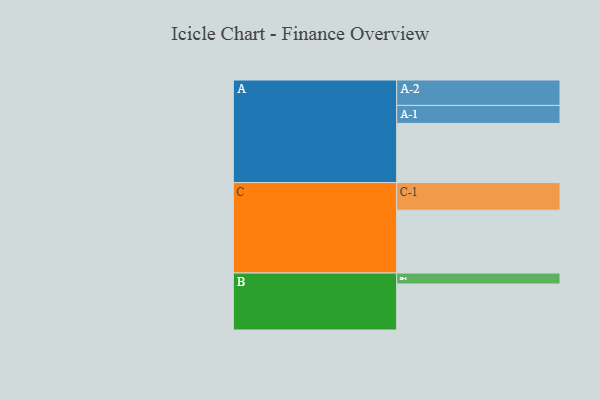
{"axis": {"x": "Segment", "y": "Value"}, "legend": ["", "A", "B", "C"], "data": [{"x": "A", "y": 454, "type": ""}, {"x": "B", "y": 353, "type": ""}, {"x": "C", "y": 482, "type": ""}, {"x": "A-1", "y": 138, "type": "A"}, {"x": "A-2", "y": 195, "type": "A"}, {"x": "B-1", "y": 84, "type": "B"}, {"x": "C-1", "y": 212, "type": "C"}]}